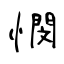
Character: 憫